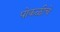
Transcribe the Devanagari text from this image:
पोकळीचे